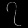
Digit: ၇